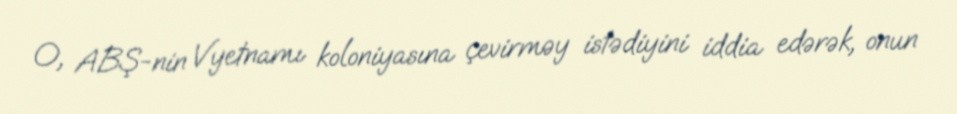
O, ABŞ-nin Vyetnamı koloniyasına çevirməy istədiyini iddia edərək, onun